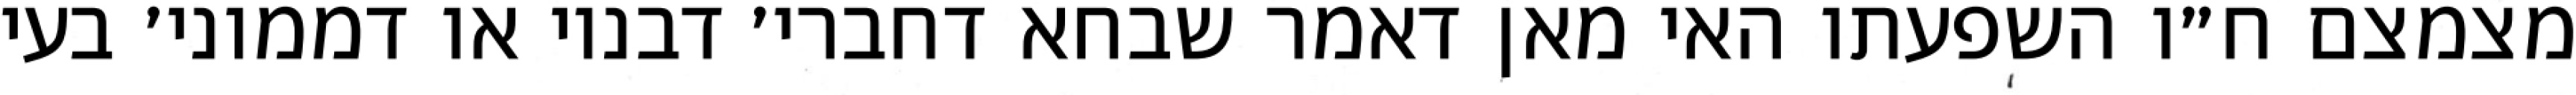
מצמצם ח״ו השפעתו האי מאן דאמר שבחא דחברי׳ דבנוי או דממוני׳ בעי